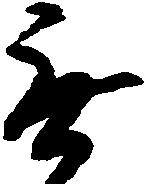
無